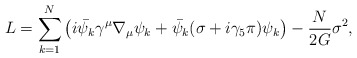
\begin{align*}L= \sum_{k=1}^{N}\left(i\bar{\psi_k} \gamma^\mu \nabla_\mu\psi_k + \bar{\psi_k}(\sigma + i\gamma_5\pi)\psi_k\right)- \frac{N}{2G}\sigma^2,\end{align*}